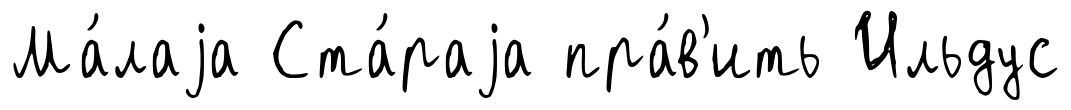
Ма́лаjа Ста́раjа пра́в'ить Ильдус